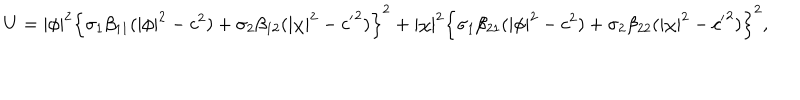
LaTeX: U = | \phi | ^ { 2 } \left\{ \sigma _ { 1 } \beta _ { 1 1 } ( | \phi | ^ { 2 } - c ^ { 2 } ) + \sigma _ { 2 } \beta _ { 1 2 } ( | \chi | ^ { 2 } - { c ^ { \prime } } ^ { 2 } ) \right\} ^ { 2 } + | \chi | ^ { 2 } \left\{ \sigma _ { 1 } \beta _ { 2 1 } ( | \phi | ^ { 2 } - c ^ { 2 } ) + \sigma _ { 2 } \beta _ { 2 2 } ( | \chi | ^ { 2 } - { c ^ { \prime } } ^ { 2 } ) \right\} ^ { 2 } ,